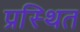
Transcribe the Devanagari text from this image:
प्रस्थित